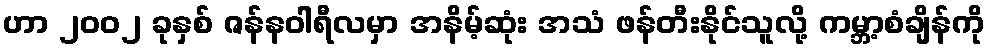
ဟာ ၂၀၀၂ ခုနှစ် ဇန်နဝါရီလမှာ အနိမ့်ဆုံး အသံ ဖန်တီးနိုင်သူလို့ ကမ္ဘာ့စံချိန်ကို